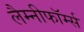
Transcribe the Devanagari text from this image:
लैम्नीफॉर्म्स